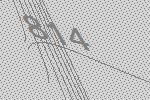
814